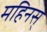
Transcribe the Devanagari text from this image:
महिनस्